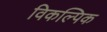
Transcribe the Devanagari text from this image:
विकल्पिक